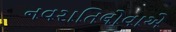
નવરાતિલોવાએ